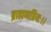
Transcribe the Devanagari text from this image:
ब्राह्मणप्रियः।।